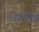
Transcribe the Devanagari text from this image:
आर्यमित्र